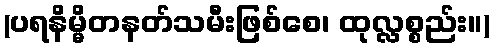
(ပရနိမ္မိတနတ်သမီးဖြစ်စေ၊ ထုလ္လစ္စည်း။)